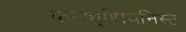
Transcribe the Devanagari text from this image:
कन्फ्यूशियनिस्ट